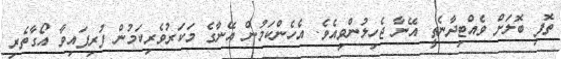
ތޮފި ބޮލަށް ވެއްޓިދާނެތީ އޭނާ ޖެހިލުންވިއެވެ. އެހެންކަމުން އޭނާގެ މަކަރުވެރިކަމުން ފުރިފައިވާ އޯގާތެރި